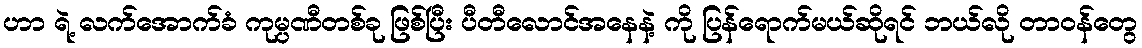
ဟာ ရဲ့ လက်အောက်ခံ ကုမ္ပဏီတစ်ခု ဖြစ်ပြီး ပီတီလောင်အနေနဲ့ ကို ပြန်ရောက်မယ်ဆိုရင် ဘယ်လို တာဝန်တွေ